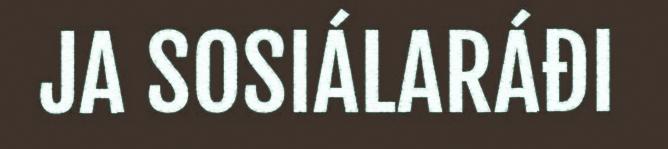
JA SOSIÁLARÁĐI